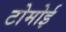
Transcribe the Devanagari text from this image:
टोमोई